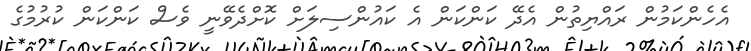
އެހެންކަމުން ރައްޔިތުން އެދޭ ކަންކަން އެ ކައުންސިލަށް ކޮށްދެވޭނީ ވެސް ކަންކަން ކުރުމުގެ